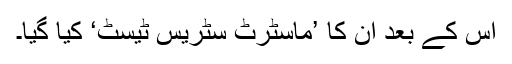
اس کے بعد ان کا ’ماسٹرٹ سٹریس ٹیسٹ‘ کیا گیا۔